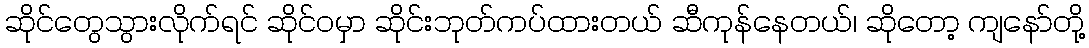
ဆိုင်တွေသွားလိုက်ရင် ဆိုင်ဝမှာ ဆိုင်းဘုတ်ကပ်ထားတယ် ဆီကုန်နေတယ်၊ ဆိုတော့ ကျနော်တို့